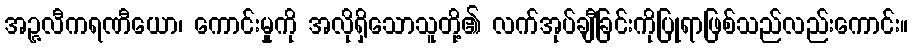
အဉ္ဇလီကရဏီယော၊ ကောင်းမှုကို အလိုရှိသောသူတို့၏ လက်အုပ်ချီခြင်းကိုပြုရာဖြစ်သည်လည်းကောင်း။